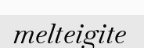
melteigite